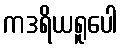
ကဒရိယရူပေါ